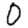
Digit: 0